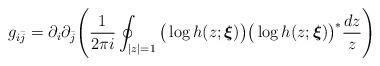
LaTeX: \begin{align*}g_{i\bar{j}}=\partial_i\partial_{\bar{j}}\Bigg(\frac{1}{2\pi i}\oint_{|z|=1}\big( \log{h(z;\boldsymbol{\xi})}\big)\big( \log{h(z;\boldsymbol{\xi})}\big)^{*}\frac{dz}{z}\Bigg) \end{align*}